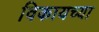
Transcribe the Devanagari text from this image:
विकायच्या